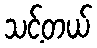
သင့်တယ်